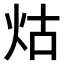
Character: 𤇌